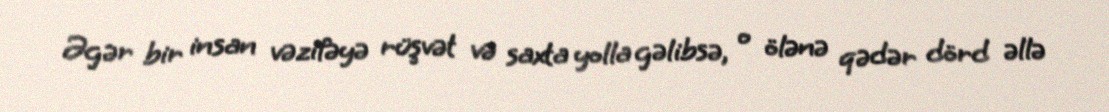
Əgər bir insan vəzifəyə rüşvət və saxta yolla gəlibsə, o ölənə qədər dörd əllə